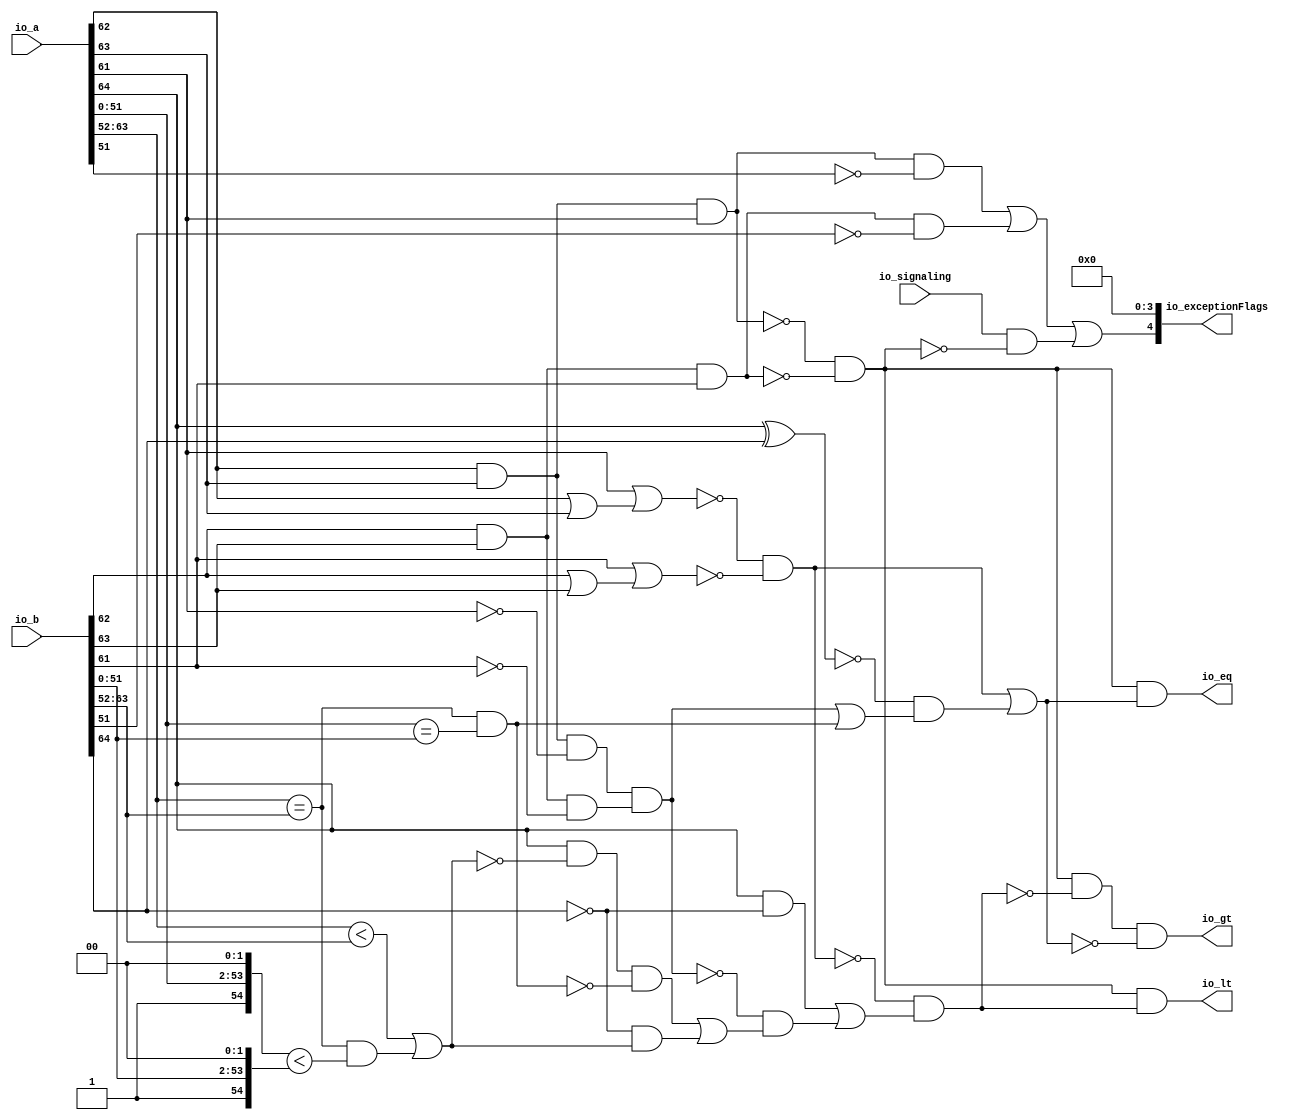
module CompareRecFN
(
  io_a,
  io_b,
  io_signaling,
  io_lt,
  io_eq,
  io_gt,
  io_exceptionFlags
);

  input [64:0] io_a;
  input [64:0] io_b;
  output [4:0] io_exceptionFlags;
  input io_signaling;
  output io_lt;
  output io_eq;
  output io_gt;
  wire [4:0] io_exceptionFlags;
  wire io_lt,io_eq,io_gt,N0,T15,T1,T2,ordered,T9,T3,rawB_isNaN,rawA_isNaN,T22,T16,T17,
  T23,T50,T29,ordered_eq,bothZeros,T30,T43,T31,bothInfs,common_eqMags,eqExps,T32,
  rawA_isInf,rawB_isInf,T38,T41,T51,ordered_lt,T67,T52,T65,T53,T64,T54,T60,T55,T59,
  common_ltMags,T58,T56,T57,T62,T61,T63,T66,N1,N2,N3,N4,N5,N6,N7,N8;
  assign io_exceptionFlags[0] = 1'b0;
  assign io_exceptionFlags[1] = 1'b0;
  assign io_exceptionFlags[2] = 1'b0;
  assign io_exceptionFlags[3] = 1'b0;
  assign T32 = { 1'b0, 1'b1, io_a[51:0], 1'b0, 1'b0 } == { 1'b0, 1'b1, io_b[51:0], 1'b0, 1'b0 };
  assign eqExps = { 1'b0, io_a[63:52] } == { 1'b0, io_b[63:52] };
  assign N0 = io_a[64] ^ io_b[64];
  assign T43 = ~N0;
  assign T57 = { 1'b0, 1'b1, io_a[51:0], 1'b0, 1'b0 } < { 1'b0, 1'b1, io_b[51:0], 1'b0, 1'b0 };
  assign T58 = $signed({ 1'b0, io_a[63:52] }) < $signed({ 1'b0, io_b[63:52] });
  assign N1 = io_a[62] | io_a[63];
  assign N2 = io_a[61] | N1;
  assign N3 = ~N2;
  assign N4 = io_b[62] | io_b[63];
  assign N5 = io_b[61] | N4;
  assign N6 = ~N5;
  assign N7 = io_a[62] & io_a[63];
  assign N8 = io_b[62] & io_b[63];
  assign io_exceptionFlags[4] = T15 | T1;
  assign T1 = io_signaling & T2;
  assign T2 = ~ordered;
  assign ordered = T9 & T3;
  assign T3 = ~rawB_isNaN;
  assign rawB_isNaN = N8 & io_b[61];
  assign T9 = ~rawA_isNaN;
  assign rawA_isNaN = N7 & io_a[61];
  assign T15 = T22 | T16;
  assign T16 = rawB_isNaN & T17;
  assign T17 = ~io_b[51];
  assign T22 = rawA_isNaN & T23;
  assign T23 = ~io_a[51];
  assign io_gt = T50 & T29;
  assign T29 = ~ordered_eq;
  assign ordered_eq = bothZeros | T30;
  assign T30 = T43 & T31;
  assign T31 = bothInfs | common_eqMags;
  assign common_eqMags = eqExps & T32;
  assign bothInfs = rawA_isInf & rawB_isInf;
  assign rawB_isInf = N8 & T38;
  assign T38 = ~io_b[61];
  assign rawA_isInf = N7 & T41;
  assign T41 = ~io_a[61];
  assign bothZeros = N3 & N6;
  assign T50 = ordered & T51;
  assign T51 = ~ordered_lt;
  assign ordered_lt = T67 & T52;
  assign T52 = T65 | T53;
  assign T53 = T64 & T54;
  assign T54 = T60 | T55;
  assign T55 = T59 & common_ltMags;
  assign common_ltMags = T58 | T56;
  assign T56 = eqExps & T57;
  assign T59 = ~io_b[64];
  assign T60 = T62 & T61;
  assign T61 = ~common_eqMags;
  assign T62 = io_a[64] & T63;
  assign T63 = ~common_ltMags;
  assign T64 = ~bothInfs;
  assign T65 = io_a[64] & T66;
  assign T66 = ~io_b[64];
  assign T67 = ~bothZeros;
  assign io_eq = ordered & ordered_eq;
  assign io_lt = ordered & ordered_lt;

endmodule